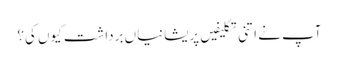
آپ نے اتنی تکلیفیں پریشانیاں برداشت کیوں کی؟